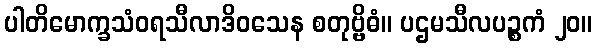
ပါတိမောက္ခသံဝရသီလာဒိဝသေန စတုဗ္ဗိဓံ။ ပဌမသီလပဉ္စကံ ၂၀။